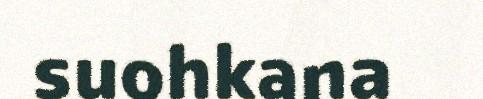
suohkana